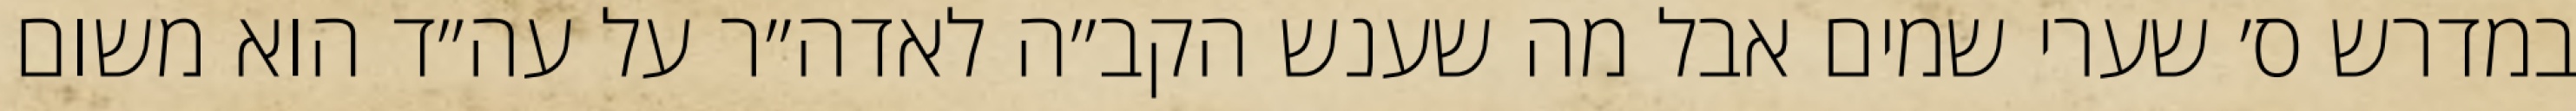
במדרש ס׳ שערי שמים אבל מה שענש הקב״ה לאדה״ר על עה״ד הוא משום